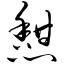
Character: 憩